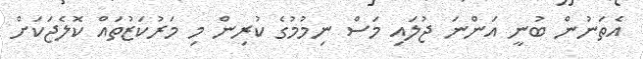
އެތަނުން ބުނީ އަންނަ ޖުލައި މަސް ނިމުމުގެ ކުރިން މި މަރުކަޒުތައް ކޮލެޖަކަށް